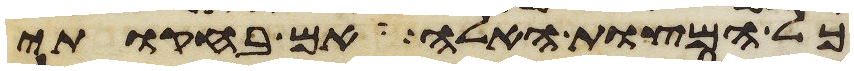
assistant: כל המצות האלה אם בחקותי